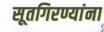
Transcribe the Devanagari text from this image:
सूतगिरण्यांना